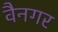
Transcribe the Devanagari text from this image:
वैनगर